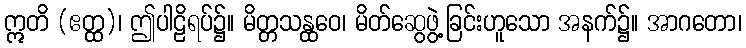
ဣတိ (ဧတ္ထ)၊ ဤပါဠိရပ်၌။ မိတ္တသန္ထဝေ၊ မိတ်ဆွေဖွဲ့ခြင်းဟူသော အနက်၌။ အာဂတော၊